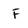
Character: f